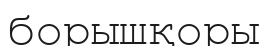
борышқоры